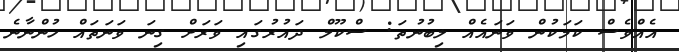
އެއްވެސް ކަމަކުން ވަނައެއް ލިބުނުތަ: ސްކޫލް ދައުރުގައި ވަރަށް ގިނަ ވަނަތައް ހުންނާނެ